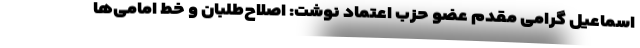
اسماعیل گرامی مقدم عضو حزب اعتماد نوشت: اصلاح‌طلبان و خط امامی‌ها